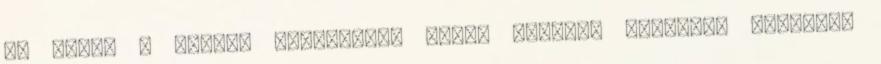
is akár. A garázs kiadásával adott esetben magasabb hozamok,